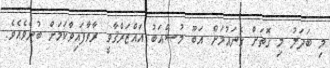
މި ބަދަލު މި ގޮތަށް ގެނައުމަށް އަބޫ މުޞްޢަބު އައްޒަރްޤާވީ ރާވާފައިވާކަމަށް ބުނެވެއެވެ.